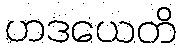
ဟဒယေတိ